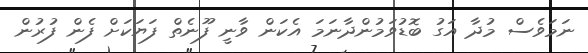
ނަމަވެސް މުދާ އަގު ބޮޑުވަމުންދާނަމަ އެކަން ވާނީ ފޫނެތް ފަޔަކަށް ފެން ފުރުން